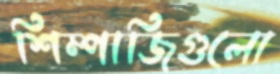
শিম্পাজিগুলো